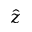
\hat { z }